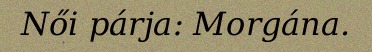
Női párja: Morgána.